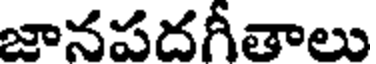
జానపదగీతాలు